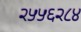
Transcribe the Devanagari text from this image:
२५५६२८४